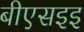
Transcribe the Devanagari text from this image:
बीएसइइ